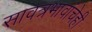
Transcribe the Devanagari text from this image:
सावत्रभावांचेही